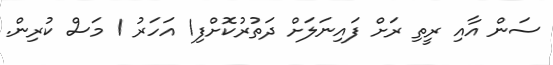
ސަން އާއި ރީތި ރަށް ފައިނަލަށް ދަތުރުކޮށްފި1 އަހަރު 1 މަސް ކުރިން.